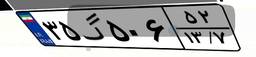
۳۵گ۵۰۶۵۲